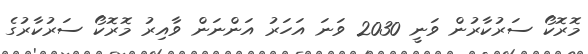
މޮރޮކޯ ސަރުކާރުން ވަނީ 2030 ވަނަ އަހަރު އަންނަން ވާއިރު މޮރޮކޯ ސަރުކާރުގެ